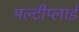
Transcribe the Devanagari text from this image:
मल्टीप्लाई